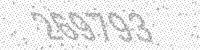
Solution: 269793